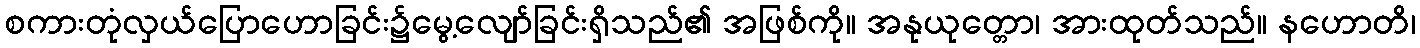
စကားတုံလှယ်ပြောဟောခြင်း၌မွေ့လျော်ခြင်းရှိသည်၏ အဖြစ်ကို။ အနုယုတ္တော၊ အားထုတ်သည်။ နဟောတိ၊